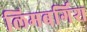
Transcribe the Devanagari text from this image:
लिमबर्गिश